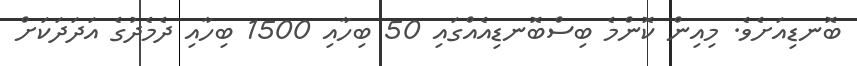
ބޮނޑިއަށެވެ. މިއިން ކޮންމެ ބިސްބޮނޑިއެއްގައި 50 ބިހާއި 1500 ބިހާއި ދެމެދުގެ އަދަދަކަށް